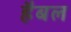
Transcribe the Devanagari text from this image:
हैबल